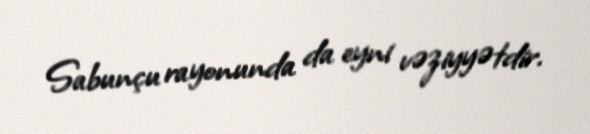
Sabunçu rayonunda da eyni vəziyyətdir.